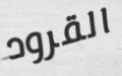
القرود